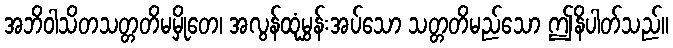
အဘိဝါသိတသတ္တတိမမှိုတေ၊ အလွန်ထုံမွှန်းအပ်သော သတ္တတိမည်သော ဤနိပါတ်သည်။